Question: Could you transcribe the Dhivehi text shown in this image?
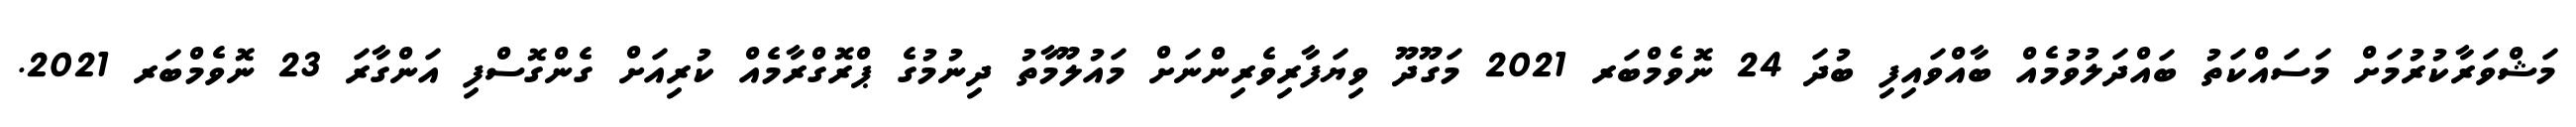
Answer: މަޝްވަރާކުރުމަށް މަސައްކަތު ބައްދަލުވުމެއް ބާއްވައިފި ބުދަ 24 ނޮވެމްބަރ 2021 މަގޫދޫ ވިޔަފާރިވެރިންނަށް މައުލޫމާތު ދިނުމުގެ ޕްރޮގްރާމެއް ކުރިއަށް ގެންގޮސްފި އަންގާރަ 23 ނޮވެމްބަރ 2021.